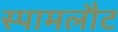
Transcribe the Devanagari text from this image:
स्पामलौट